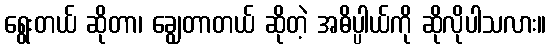
ရွေးတယ် ဆိုတာ၊ ချွေတာတယ် ဆိုတဲ့ အဓိပ္ပါယ်ကို ဆိုလိုပါသလား။